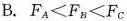
B.FA<F8≤Fc